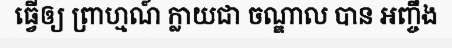
ធ្វើឲ្យ ព្រាហ្មណ៍ ក្លាយជា ចណ្ឌាល បាន អញ្ចឹង